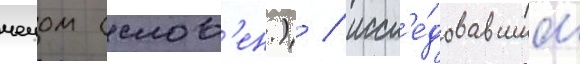
чечом (слов'ен.) / иссл'е́довавшим